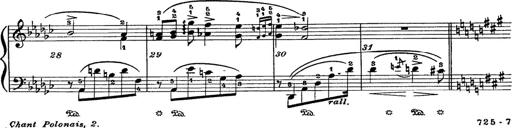
Title: 6 Polish Songs
Composer: Franz Liszt